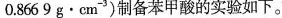
0.8669g·cm^{-3})制备苯甲酸的实验如下。